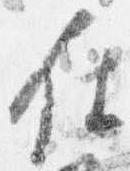
付